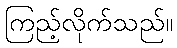
ကြည့်လိုက်သည်။